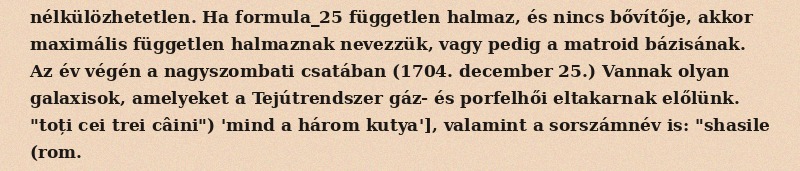
nélkülözhetetlen. Ha formula_25 független halmaz, és nincs bővítője, akkor maximális független halmaznak nevezzük, vagy pedig a matroid bázisának. Az év végén a nagyszombati csatában (1704. december 25.) Vannak olyan galaxisok, amelyeket a Tejútrendszer gáz- és porfelhői eltakarnak előlünk. "toți cei trei câini") 'mind a három kutya'], valamint a sorszámnév is: "shasile (rom.